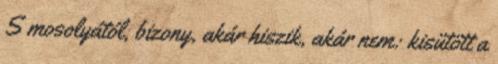
S mosolyától, bizony, akár hiszik, akár nem: kisütött a